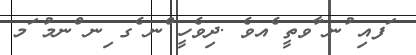
ަފއި ުނ ާވތީ ެއވެ .ދިވެހީ ްނ ެގ ިނ ްނމު ަމ